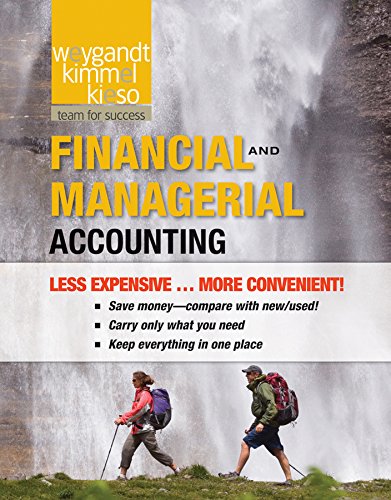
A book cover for Financial and Managerial 1e Binder Ready Version + WileyPLUS Registration Card; Jerry J. Weygandt; Business & Money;